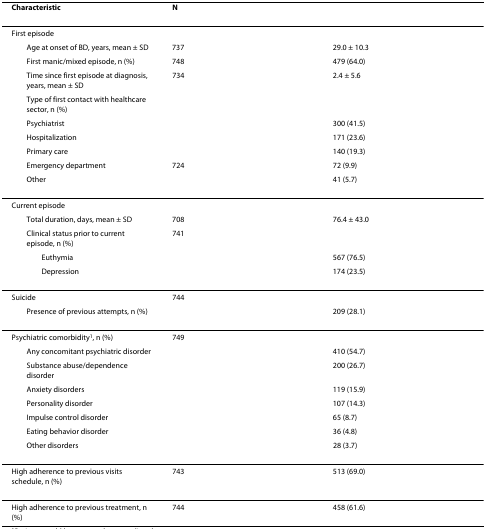
<table><thead><tr><td><b>Characteristic</b></td><td><b>N</b></td><td></td></tr></thead><tbody><tr><td>First episode</td><td></td><td></td></tr><tr><td> Age at onset of BD, years, mean ± SD</td><td>737</td><td>29.0 ± 10.3</td></tr><tr><td> First manic/mixed episode, n (%)</td><td>748</td><td>479 (64.0)</td></tr><tr><td> Time since first episode at diagnosis, years, mean ± SD</td><td>734</td><td>2.4 ± 5.6</td></tr><tr><td> Type of first contact with healthcare sector, n (%)</td><td></td><td></td></tr><tr><td> Psychiatrist</td><td></td><td>300 (41.5)</td></tr><tr><td> Hospitalization</td><td></td><td>171 (23.6)</td></tr><tr><td> Primary care</td><td></td><td>140 (19.3)</td></tr><tr><td> Emergency department</td><td>724</td><td>72 (9.9)</td></tr><tr><td> Other</td><td></td><td>41 (5.7)</td></tr><tr><td>Current episode</td><td></td><td></td></tr><tr><td> Total duration, days, mean ± SD</td><td>708</td><td>76.4 ± 43.0</td></tr><tr><td> Clinical status prior to current episode, n (%)</td><td>741</td><td></td></tr><tr><td>Euthymia</td><td></td><td>567 (76.5)</td></tr><tr><td>Depression</td><td></td><td>174 (23.5)</td></tr><tr><td>Suicide</td><td>744</td><td></td></tr><tr><td> Presence of previous attempts, n (%)</td><td></td><td>209 (28.1)</td></tr><tr><td>Psychiatric comorbidity<sup>1</sup>, n (%)</td><td>749</td><td></td></tr><tr><td> Any concomitant psychiatric disorder</td><td></td><td>410 (54.7)</td></tr><tr><td> Substance abuse/dependence disorder</td><td></td><td>200 (26.7)</td></tr><tr><td> Anxiety disorders</td><td></td><td>119 (15.9)</td></tr><tr><td> Personality disorder</td><td></td><td>107 (14.3)</td></tr><tr><td> Impulse control disorder</td><td></td><td>65 (8.7)</td></tr><tr><td> Eating behavior disorder</td><td></td><td>36 (4.8)</td></tr><tr><td> Other disorders</td><td></td><td>28 (3.7)</td></tr><tr><td>High adherence to previous visits schedule, n (%)</td><td>743</td><td>513 (69.0)</td></tr><tr><td>High adherence to previous treatment, n (%)</td><td>744</td><td>458 (61.6)</td></tr></tbody></table>